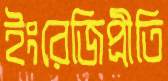
ইংরেজিপ্রীতি